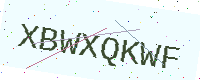
Text: XBWXQKWF